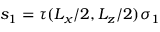
s _ { 1 } = \tau ( L _ { x } / 2 , L _ { z } / 2 ) \sigma _ { 1 }